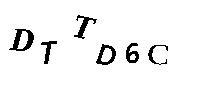
DTTD6C